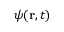
\psi ( \mathbf { r } , t )